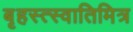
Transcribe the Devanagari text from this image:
बृहस्त्स्वातिमित्र